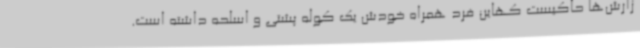
زارش‌ها حاکیست کهاین فرد همراه خودش یک کوله پشتی و اسلحه داشته است.